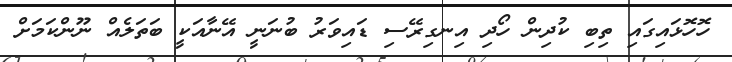
ހޮހޮޅައިގައި ތިބި ކުދިން ހޯދި އިނގިރޭސި ޑައިވަރު ބުނަނީ އޭނާއަކީ ބަތަލެއް ނޫންކަމަށް